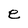
Character: e